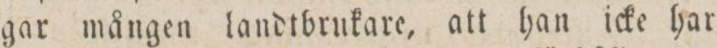
gar mången landtbrukare, att han icke har